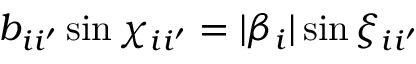
b _ { i i ^ { \prime } } \sin \chi _ { i i ^ { \prime } } = | \beta _ { i } | \sin \xi _ { i i ^ { \prime } }